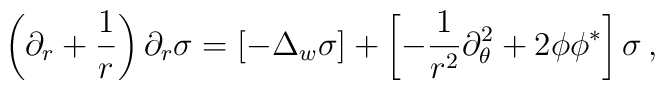
\left( \partial_r +\frac 1r \right) \partial_r \sigma =\left[ -\Delta_w \sigma \right] +\left[ - \frac 1{r^2}\partial_\theta^2 + 2\phi\phi^* \right]\sigma\,,